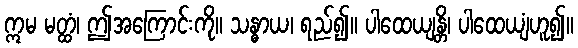
ဣမ မတ္ထံ၊ ဤအကြောင်းကို။ သန္ဓာယ၊ ရည်၍။ ပါထေယျန္တိ၊ ပါထေယျံဟူ၍။